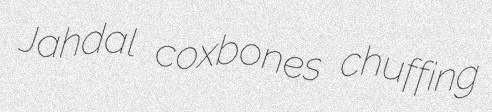
Jahdal coxbones chuffing